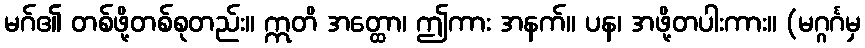
မဂ်၏ တစ်ဖို့တစ်စုတည်း။ ဣတိ အတ္ထော၊ ဤကား အနက်။ ပန၊ အဖို့တပါးကား။ (မဂ္ဂင်္ဂမှ